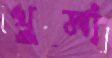
খুর্মা